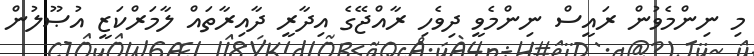
މި ނިންމެވުން ރައީސް ނިންމެވީ ދިވެހި ރާއްޖޭގެ އިދާރީ ދާއިރާތައް ލާމަރްކަޒީ އުޞޫލުން